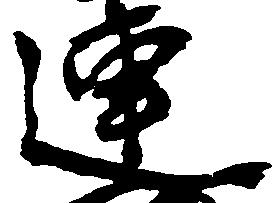
連